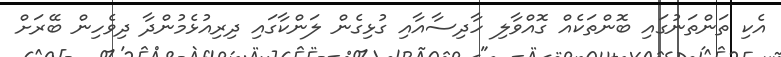
އެކި ތަންތަނުގައި ބޮންތަކެއް ގޮއްވާލި ހާދިސާއާއި ގުޅިގެން ލަންކާގައި ދިރިއުޅެމުންދާ ދިވެހިން ބޭރަށް